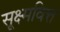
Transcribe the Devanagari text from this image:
सूक्ष्मवित्त